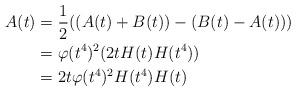
LaTeX: \begin{align*} A(t) &= \frac{1}{2}((A(t)+B(t))-(B(t)-A(t)))\\ &= \varphi(t^4)^2(2tH(t)H(t^4))\\ &= 2t\varphi(t^4)^2H(t^4)H(t)\end{align*}